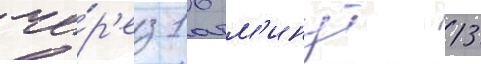
че́р'ез 16 м'инут 13